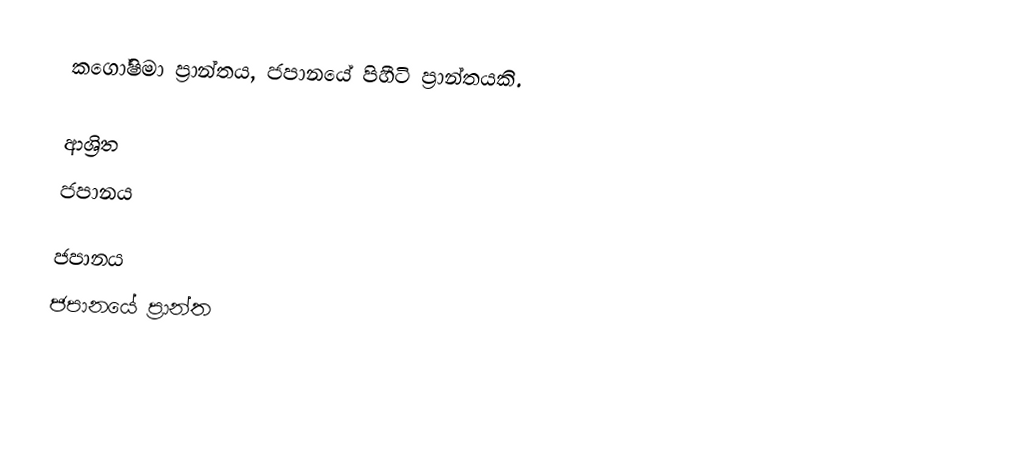
කගෝෂිමා ප්‍රාන්තය, ජපානයේ පිහීටි ප්‍රාන්තයකි.

ආශ්‍රිත
 ජපානය

ජපානය
ජපානයේ ප්‍රාන්ත